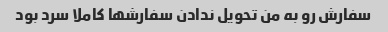
سفارش رو به من تحویل ندادن سفارشها کاملا سرد بود